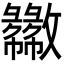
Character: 𫿦